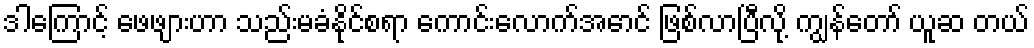
ဒါကြောင့် ဖေဖျားဟာ သည်းမခံနိုင်စရာ ကောင်းလောက်အောင် ဖြစ်လာပြီလို့ ကျွန်တော် ယူဆ တယ်